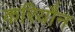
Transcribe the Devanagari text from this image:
करियौन